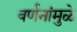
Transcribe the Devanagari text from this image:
वर्णनांमुळे